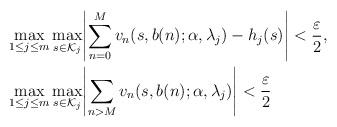
\begin{align*}&\max_{1 \le j \le m} \max_{s \in \mathcal{K}_j} \Biggl| \sum_{n=0}^M v_n(s,b(n);\alpha,\lambda_j) - h_j (s) \Biggr| < \frac{\varepsilon}{2}, \\&\max_{1 \le j \le m} \max_{s \in \mathcal{K}_j} \Biggl| \sum_{n>M} v_n(s,b(n);\alpha,\lambda_j) \Biggr| < \frac{\varepsilon}{2}\end{align*}